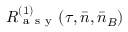
R _ { \mathrm { ~ a ~ s ~ y ~ } } ^ { ( 1 ) } ( \tau , \bar { n } , \bar { n } _ { B } )